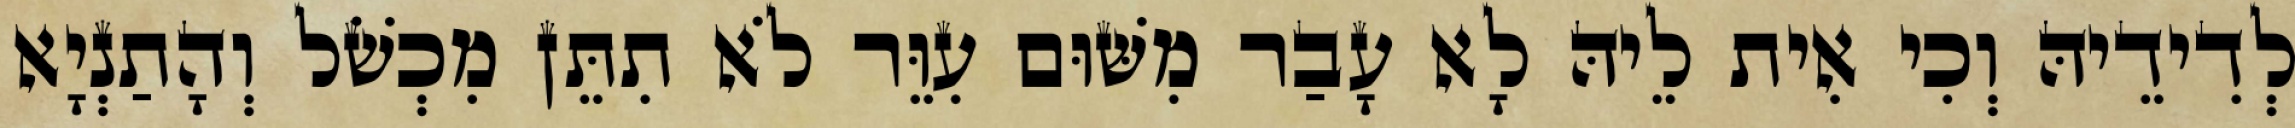
לְדִידֵיהּ וְכִי אִית לֵיהּ לָא עָבַר מִשּׁוּם עִוֵּר לֹא תִתֵּן מִכְשֹׁל וְהָתַנְיָא